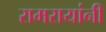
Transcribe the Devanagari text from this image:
रामरायांनी